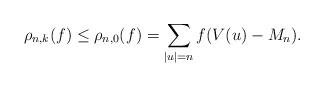
LaTeX: \begin{align*} \rho_{n,k}(f) \leq \rho_{n,0}(f) = \sum_{|u|=n} f(V(u)-M_n).\end{align*}